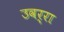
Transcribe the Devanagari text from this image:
उवर्रा